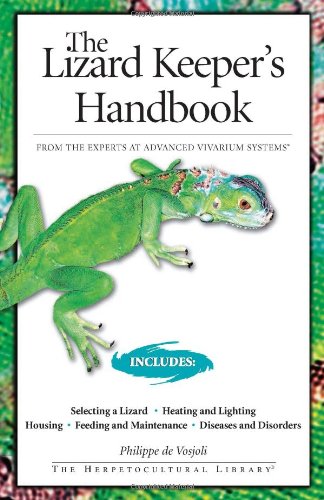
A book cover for The Lizard Keeper's Handbook (Herpetocultual Library); Phillipe De Vosjoli; Crafts, Hobbies & Home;